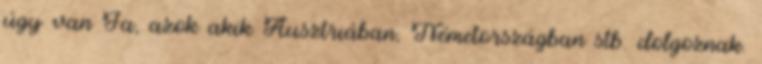
úgy van Ja, azok akik Ausztriában, Németországban stb. dolgoznak.